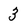
Character: 3